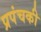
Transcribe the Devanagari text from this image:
प्रपंचकी